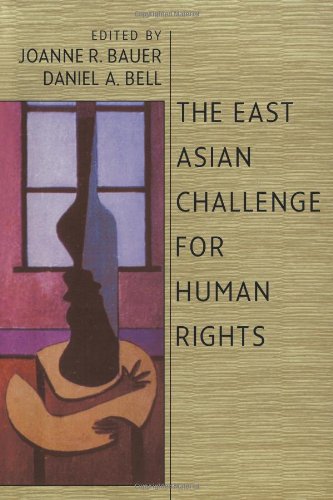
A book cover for The East Asian Challenge for Human Rights; Law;